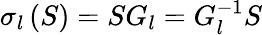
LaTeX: \sigma_{l}\left(S\right)=SG_{l}=G_{l}^{-1}S